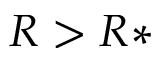
R > R *